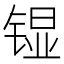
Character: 𮸗